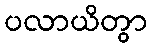
ပလာယိတွာ